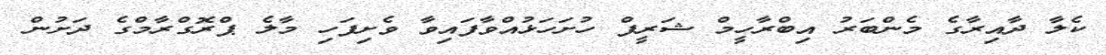
ކެލާ ދާއިރާގެ މެންބަރު އިބްރާހީމް ޝަރީފް ހުށަހަޅުއްވާފައިވާ ވެށިފަހި މާލެ ޕްރޮގްރާމްގެ ދަށުން